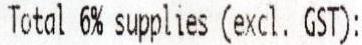
TOTAL 6% SUPPLIES (EXCL. GST):